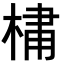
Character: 𪲯